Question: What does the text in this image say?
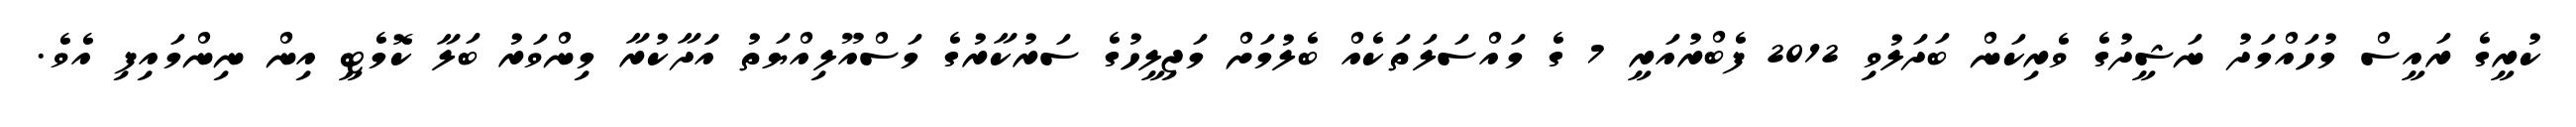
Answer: ކުރީގެ ރައީސް މުހައްމަދު ނަޝީދުގެ ވެރިކަން ބަދަލުވި 2012 ފެބްރުއަރީ 7 ގެ މައްސަލަތަކެއް ބެލުމަށް މަޖިލީހުގެ ސަރުކާރުގެ މަސްއޫލިއްޔަތު އަަދާކުރާ މިންވަރު ބަލާ ކޮމެޓީ އިން ނިންމައިފި އެވެ.